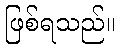
ဖြစ်ရသည်။